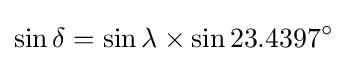
\sin \delta =\sin \lambda \times \sin 23.4397^{\circ }